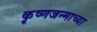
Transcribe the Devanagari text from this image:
कृष्णजन्माच्या